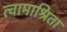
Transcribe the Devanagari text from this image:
त्वामाश्रिता